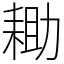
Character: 耡